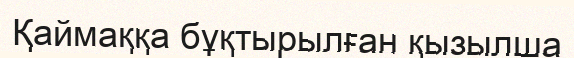
Қаймаққа бұқтырылған қызылша